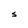
Character: S